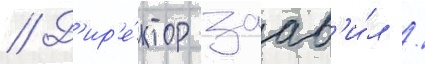
// Д'ир'е́ктор заав'и́л /